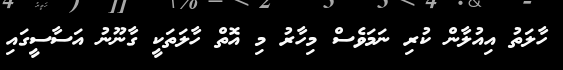
ހާލަތު އިއުލާން ކުރި ނަމަވެސް މިހާރު މި އޮތް ހާލަތަކީ ގާނޫނު އަސާސީގައި